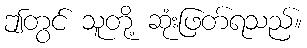
ဤတွင် သူတို့ ဆုံးဖြတ်ရသည်။